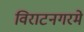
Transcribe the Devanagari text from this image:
विराटनगरमे